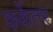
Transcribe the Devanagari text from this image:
कर्केतर